Report on the Civil Veterinary Department, Eastern Bengal and Assam - 1907-1911
Year: 1907
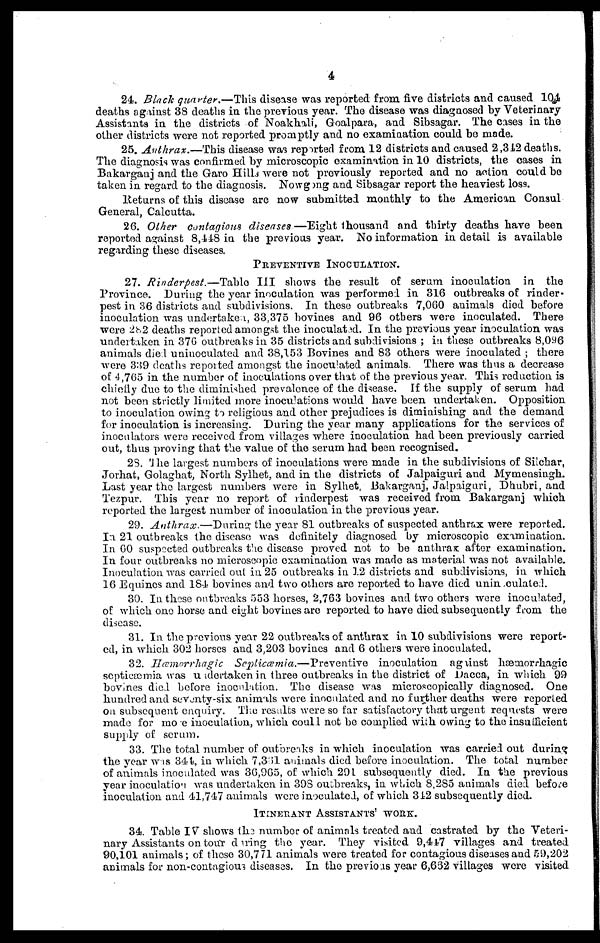
4
24. Black quarter.—This disease was reported from five districts and caused 104
deaths against 38 deaths in the previous year. The disease was diagnosed by Veterinary
Assistants in the districts of Noakhali, Goalpara, and Sibsagar. The cases in the
other districts were not reported promptly and no examination could be made.
25. Anthrax.—This
disease was reported from 12 districts and caused 2,312 deaths.
The diagnosis was confirmed by microscopic examination in 10 districts, the cases in
Bakarganj and the Garo Hills were not previously reported and no action could bo
taken in regard to the diagnosis. Nowgong and Sibsagar report the heaviest loss.
Returns of this disease are now submitted monthly to the American Consul
General, Calcutta.
26. Other contagious diseases—Eight thousand and thirty deaths have been
reported against 8,448 in the previous year. No information in detail is available
regarding these diseases.
PREVENTIVE INOCULATION.
27. Rinderpest.—Table
III shows the result of serum inoculation in the
Province. During the year inoculation was performed in 316 outbreaks of rinder-
pest in 36 districts and subdivisions. In these outbreaks 7,060 animals died before
inoculation was undertaken, 33,375 bovines and 96 others were inoculated. There
were 282 deaths reported amongst the inoculated. In the previous year inoculation was
undertaken in 37G outbreaks in 35 districts and subdivisions; in these outbreaks 8,096
animals died uniuoculated and 38,153 Bovines and 83 others were inoculated; there
were 339 deaths reported amongst the inoculated animals. There was thus a decrease
of 4,765 in the number of inoculations over that of the previous year. This reduction is
chiefly due to the diminished prevalence of the disease. If the supply of serum had
not been strictly limited more inoculations would have been undertaken. Opposition
to inoculation owing to religious and other prejudices is diminishing and the demand
for inoculation is increasing. During the year many applications for the services of
inoculators were received from villages where inoculation had been previously carried
out, thus proving that the value of the serum had been recognised.
28. The largest numbers of inoculations were made in the subdivisions of Silchar,
Jorhat, Golaghat, North Sylhet, and in the districts of Jalpaiguri and Mymensingh.
Last year the largest numbers were in Sylhet, Bakarganj, Jalpaiguri, Dhubri, and
Tezpur. This year no report of rinderpest was received from Bakarganj which
reported the largest number of inoculation in the previous year.
29. Anthrax.—During
the year 81 outbreaks of suspected anthrax were reported.
In 21 outbreaks the disease was definitely diagnosed by microscopic examination.
In 60 suspected outbreaks the disease proved not to be anthrax after examination.
In four outbreaks no microscopic examination was made as material was not available.
Inoculation was carried out in 25 outbreaks in 12 districts and subdivisions, in which
16 Equines and 184 bovines and two others are reported to have died unin culated.
30. In those outbreaks 553 horses, 2,763 bovines and two others were inoculated,
of which one horse and eight bovines are reported to have died subsequently from the
disease.
31. In the previous year 22 outbreaks of anthrax in 10 subdivisions were report-
ed, in which 302 horses and 3,203 bovines and 6 others were inoculated.
32. Hæmorrhagic Septicæmia.—Preventive
inoculation against hæmorrhagic
septicæmia was undertaken in three outbreaks in the district of Dacca, in which 99
bovines died before inoculation. The disease was microscopically diagnosed. One
hundred and seventy-six animals were inoculated and no further deaths were reported
on subsequent enquiry. The results were so far satisfactory that urgent requests were
made for more inoculation, which could not be complied with owing to the insufficient
supply of serum.
33. The total number of outbreaks in which inoculation was carried out during
the year was 344, in which 7,3.51 animals died before inoculation. The total number
of animals inoculated was 36,965, of which 291 subsequently died. In the previous
year inoculation was undertaken in 398 outbreaks, in which 8,285 animals died before
inoculation and 41,747 animals were inoculated, of which 342 subsequently died.
ITINERANT ASSISTANTS' WORK.
34. Table IV shows the number of animals treated and castrated by the Veteri-
nary Assistants on tour during the year. They visited 9,447 villages and treated
90,101 animals; of these 30,771 animals were treated for contagious diseases and 59,202
animals for non-contagious diseases. In the previous year 6,662 villages were visited